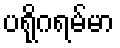
ပရိုဂရမ်မာ